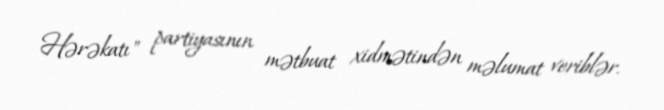
Hərəkatı" partiyasının mətbuat xidmətindən məlumat veriblər.